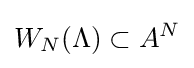
W_{N}(\Lambda )\subset A^{N}